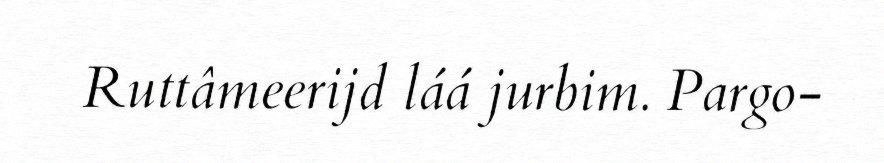
Ruttâmeerijd láá jurbim. Pargo-